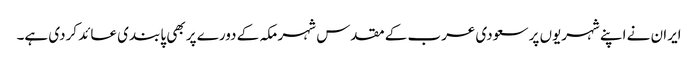
ایران نے اپنے شہریوں پر سعودی عرب کے مقدس شہر مکہ کے دورے پر بھی پابندی عائد کردی ہے۔